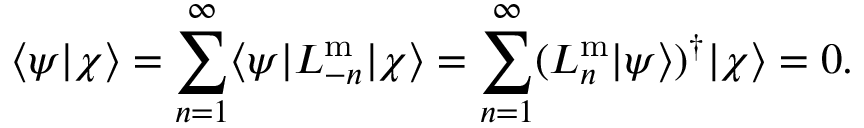
\langle \psi | \chi \rangle = \sum _ { n = 1 } ^ { \infty } \langle \psi | L _ { - n } ^ { \mathrm { m } } | \chi \rangle = \sum _ { n = 1 } ^ { \infty } ( L _ { n } ^ { \mathrm { m } } | \psi \rangle ) ^ { \dagger } | \chi \rangle = 0 .